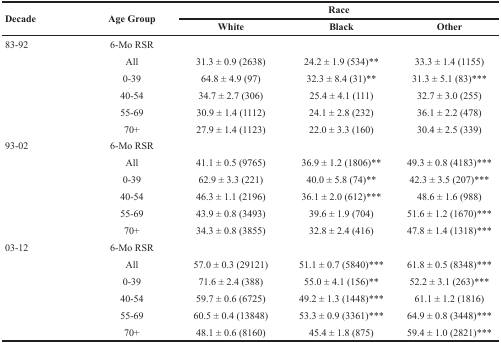
<table><thead><tr><td rowspan="2"><b>Decade</b></td><td rowspan="2"><b>Age Group</b></td><td colspan="3"><b>Race</b></td></tr><tr><td><b>White</b></td><td><b>Black</b></td><td><b>Other</b></td></tr></thead><tbody><tr><td>83-92</td><td>6-Mo RSR</td><td></td><td></td><td></td></tr><tr><td></td><td>All</td><td>31.3 ± 0.9 (2638)</td><td>24.2 ± 1.9 (534)**</td><td>33.3 ± 1.4 (1155)</td></tr><tr><td></td><td>0-39</td><td>64.8 ± 4.9 (97)</td><td>32.3 ± 8.4 (31)**</td><td>31.3 ± 5.1 (83)***</td></tr><tr><td></td><td>40-54</td><td>34.7 ± 2.7 (306)</td><td>25.4 ± 4.1 (111)</td><td>32.7 ± 3.0 (255)</td></tr><tr><td></td><td>55-69</td><td>30.9 ± 1.4 (1112)</td><td>24.1 ± 2.8 (232)</td><td>36.1 ± 2.2 (478)</td></tr><tr><td></td><td>70+</td><td>27.9 ± 1.4 (1123)</td><td>22.0 ± 3.3 (160)</td><td>30.4 ± 2.5 (339)</td></tr><tr><td>93-02</td><td>6-Mo RSR</td><td></td><td></td><td></td></tr><tr><td></td><td>All</td><td>41.1 ± 0.5 (9765)</td><td>36.9 ± 1.2 (1806)**</td><td>49.3 ± 0.8 (4183)***</td></tr><tr><td></td><td>0-39</td><td>62.9 ± 3.3 (221)</td><td>40.0 ± 5.8 (74)**</td><td>42.3 ± 3.5 (207)***</td></tr><tr><td></td><td>40-54</td><td>46.3 ± 1.1 (2196)</td><td>36.1 ± 2.0 (612)***</td><td>48.6 ± 1.6 (988)</td></tr><tr><td></td><td>55-69</td><td>43.9 ± 0.8 (3493)</td><td>39.6 ± 1.9 (704)</td><td>51.6 ± 1.2 (1670)***</td></tr><tr><td></td><td>70+</td><td>34.3 ± 0.8 (3855)</td><td>32.8 ± 2.4 (416)</td><td>47.8 ± 1.4 (1318)***</td></tr><tr><td>03-12</td><td>6-Mo RSR</td><td></td><td></td><td></td></tr><tr><td></td><td>All</td><td>57.0 ± 0.3 (29121)</td><td>51.1 ± 0.7 (5840)***</td><td>61.8 ± 0.5 (8348)***</td></tr><tr><td></td><td>0-39</td><td>71.6 ± 2.4 (388)</td><td>55.0 ± 4.1 (156)**</td><td>52.2 ± 3.1 (263)***</td></tr><tr><td></td><td>40-54</td><td>59.7 ± 0.6 (6725)</td><td>49.2 ± 1.3 (1448)***</td><td>61.1 ± 1.2 (1816)</td></tr><tr><td></td><td>55-69</td><td>60.5 ± 0.4 (13848)</td><td>53.3 ± 0.9 (3361)***</td><td>64.9 ± 0.8 (3448)***</td></tr><tr><td></td><td>70+</td><td>48.1 ± 0.6 (8160)</td><td>45.4 ± 1.8 (875)</td><td>59.4 ± 1.0 (2821)***</td></tr></tbody></table>